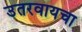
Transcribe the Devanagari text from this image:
उतरवायचा